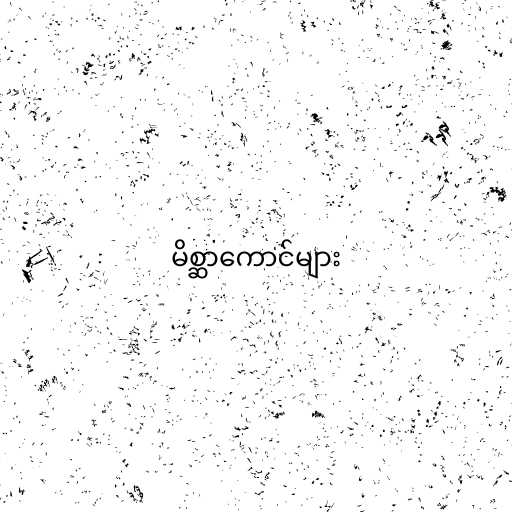
မိစ္ဆာကောင်များ